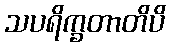
သပရိက္ခတာတိပိ